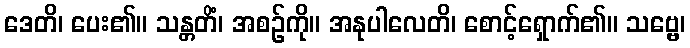
ဒေတိ၊ ပေး၏။ သန္တတိံ၊ အစဉ်ကို။ အနုပါလေတိ၊ စောင့်ရှောက်၏။ သဗ္ဗေ၊